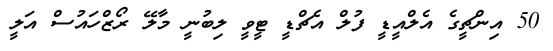
50 އިންޗީގެ އެލްއީޑީ ފުލް އެޗްޑީ ޓީވީ ލިބުނީ މާލޭ ރޯޒްހައުސް އަލީ